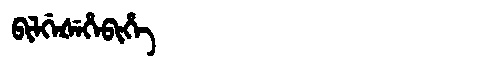
Manchu: ᠪᡳᠯᡤᡝᡧᡝᡥᡝᠪᡳᡥᡝ
Romanization: BILGEŠEHEBIHE